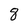
Character: 8